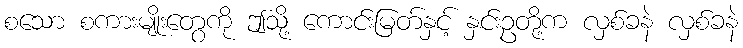
စသော စကားမျိုးတွေကို ဤသို့ ကောင်းမြတ်နှင့် နှင်းဥတို့က လှစ်ခနဲ လှစ်ခနဲ